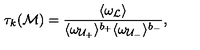
\tau _ { k } ( { \cal M } ) = \frac { \langle \omega _ { \cal L } \rangle } { \langle \omega _ { { \cal U } _ { + } } \rangle ^ { b _ { + } } \langle \omega _ { { \cal U } _ { - } } \rangle ^ { b _ { - } } } \mathrm { , }